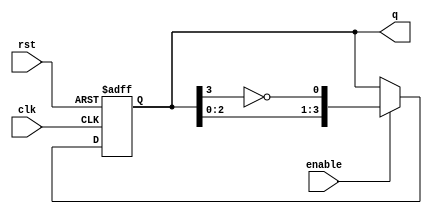
module johnson_counter #(
    parameter N = 4 // Number of flip-flops
) (
    input wire clk,          // Clock signal
    input wire rst,          // Reset signal (active high)
    input wire enable,       // Enable signal (active high)
    output reg [N-1:0] q     // Output state of the counter
);

// Internal signal for the inverted output of the last flip-flop
wire feedback;

// Instantiate the feedback for the Johnson counter
assign feedback = ~q[N-1];

// Sequential logic for the Johnson counter
always @(posedge clk or posedge rst) begin
    if (rst) begin
        q <= 0; // Reset the counter to 0
    end else if (enable) begin
        // Johnson counter logic
        q <= {q[N-2:0], feedback}; // Shift left and insert feedback bit
    end
    // If enable is low, retain the current state
end

endmodule